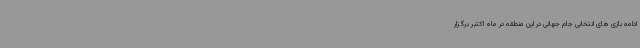
ادامه بازی های انتخابی جام جهانی در این منطقه در ماه اکتبر برگزار